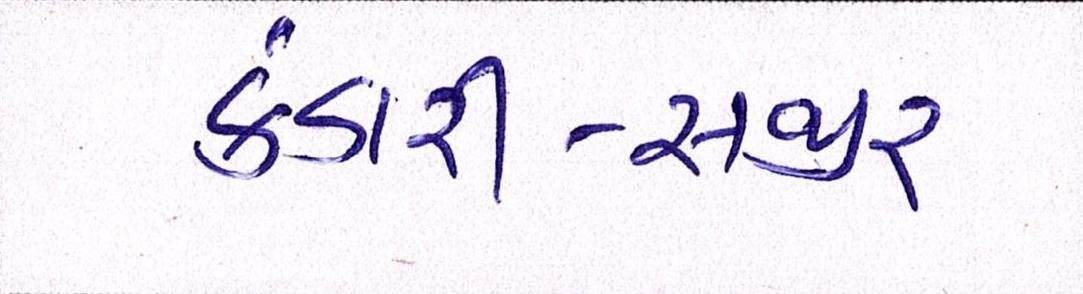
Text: કંડારી-સજીર્